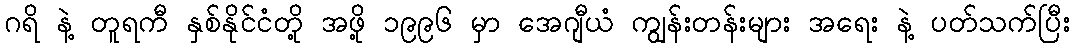
ဂရိ နဲ့ တူရကီ နှစ်နိုင်ငံတို့ အဖို့ ၁၉၉၆ မှာ အေဂျီယံ ကျွန်းတန်းများ အရေး နဲ့ ပတ်သက်ပြီး